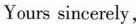
Yours sincerely，